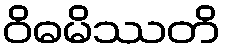
ဝိဓမိဿတိ